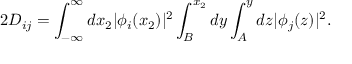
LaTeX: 2 D _ { i j } = \int _ { - \infty } ^ { \infty } d x _ { 2 } | \phi _ { i } ( x _ { 2 } ) | ^ { 2 } \int _ { B } ^ { x _ { 2 } } d y \int _ { A } ^ { y } d z | \phi _ { j } ( z ) | ^ { 2 } .